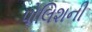
પોલિશની